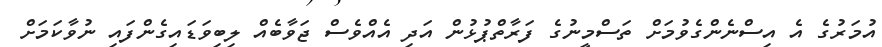
އުމަރުގެ އެ އިސްނެންގެވުމަށް ތަސްމީނުގެ ފަރާތްޕުޅުން އަދި އެއްވެސް ޖަވާބެއް ލިބިވަޑައިގެންފައި ނުވާކަމަށް